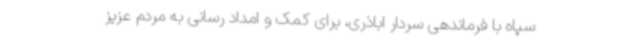
سپاه با فرماندهی سردار اباذری، برای کمک و امداد رسانی به مردم عزیز